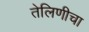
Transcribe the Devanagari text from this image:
तेलिणीचा